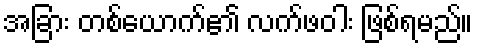
အခြား တစ်ယောက်၏ လက်ဖဝါး ဖြစ်ရမည်။